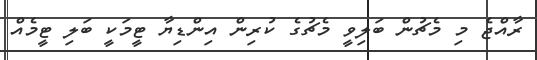
ރާއްޖެ މި މެޗުން ބަލިވީ މެޗުގެ ކުރިން އިންޑިޔާ ޓީމަކީ ބަލި ޓީމެއް